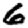
Digit: 6